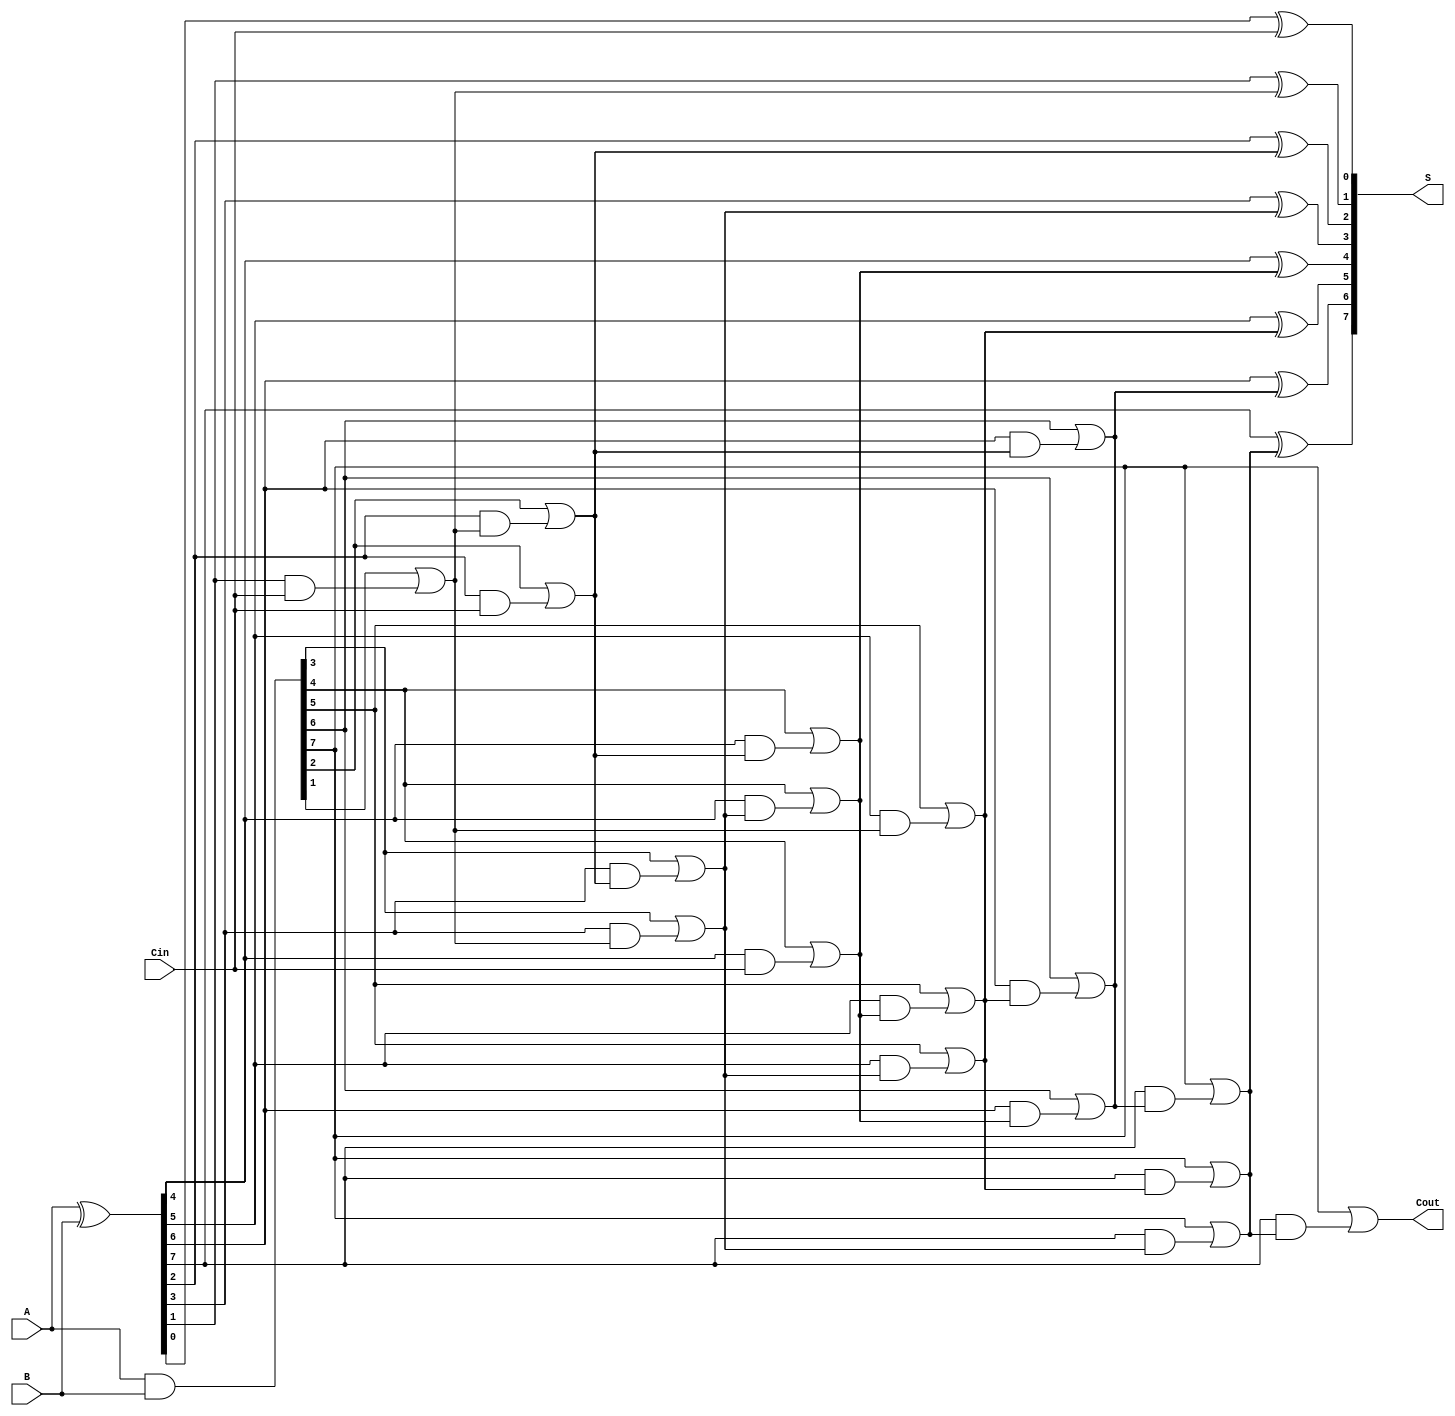
module KoggeStoneAdder #(parameter n = 8) (
    input  wire [n-1:0] A,   // First operand
    input  wire [n-1:0] B,   // Second operand
    input  wire Cin,          // Carry-in
    output wire [n-1:0] S,    // Sum output
    output wire Cout          // Carry-out
);

    wire [n-1:0] G;           // Generate signals
    wire [n-1:0] P;           // Propagate signals
    wire [n-1:0] C;           // Carry signals

    // Generate and Propagate signals
    assign G = A & B;          // Generate
    assign P = A ^ B;          // Propagate

    // Stage 0 (Initial Carry)
    assign C[0] = Cin;         // Initial carry (Cin)

    // Carry generation for stages
    genvar i, j;
    generate
        // Kogge-Stone Prefix Network
        for (i = 0; i < $clog2(n); i = i + 1) begin : stage
            for (j = 0; j < n; j = j + 1) begin : carry_gen
                if (j >= (1 << i)) begin
                    assign C[j] = G[j] | (P[j] & C[j - (1 << i)]);
                end
            end
        end
    endgenerate

    // Sum calculation
    genvar k;
    generate
        for (k = 0; k < n; k = k + 1) begin : sum_calc
            assign S[k] = P[k] ^ C[k]; // Sum calculation
        end
    endgenerate

    // Carry-out calculation
    assign Cout = G[n-1] | (P[n-1] & C[n-1]);

endmodule